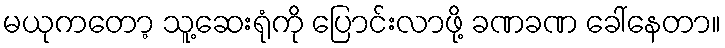
မယုကတော့ သူ့ဆေးရုံကို ပြောင်းလာဖို့ ခဏခဏ ခေါ်နေတာ။